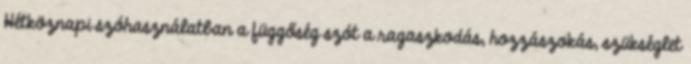
Hétköznapi szóhasználatban a függőség szót a ragaszkodás, hozzászokás, szükséglet